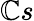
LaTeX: \mathbb{C}s